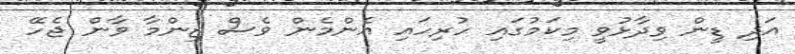
އަދި ޑީން ވިދާޅުވީ މިކަމުގައި ހުރިހައި އެންމެން ވެސް ޒިންމާ ވާން ޖެހޭ